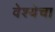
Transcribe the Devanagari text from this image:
वेश्येचा